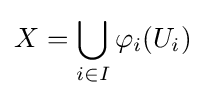
X=\bigcup _{i\in I}\varphi _{i}(U_{i})